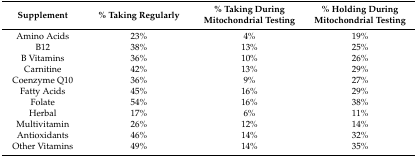
| Supplement | % Taking Regularly | % Taking During Mitochondrial Testing | % Holding During Mitochondrial Testing |
 | --- | --- | --- | --- |
 | Amino Acids | 23% | 4% | 19% |
 | B12 | 38% | 13% | 25% |
 | B Vitamins | 36% | 10% | 26% |
 | Carnitine | 42% | 13% | 29% |
 | Coenzyme Q10 | 36% | 9% | 27% |
 | Fatty Acids | 45% | 16% | 29% |
 | Folate | 54% | 16% | 38% |
 | Herbal | 17% | 6% | 11% |
 | Multivitamin | 26% | 12% | 14% |
 | Antioxidants | 46% | 14% | 32% |
 | Other Vitamins | 49% | 14% | 35% |